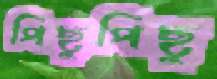
পিছুপিছু